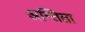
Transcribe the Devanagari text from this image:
अन्तिता